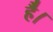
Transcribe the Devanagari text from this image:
है॑।